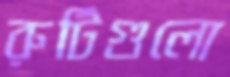
রুটিগুলো